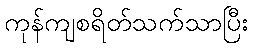
ကုန်ကျစရိတ်သက်သာပြီး